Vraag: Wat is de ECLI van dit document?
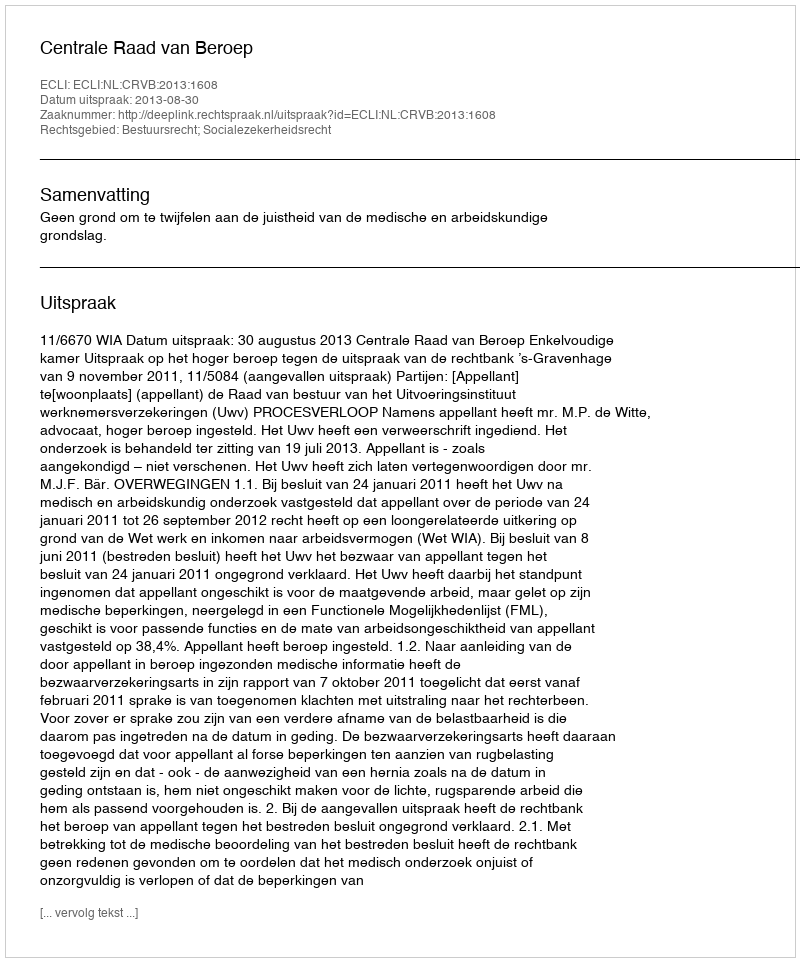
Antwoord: ECLI:NL:CRVB:2013:1608